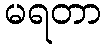
မရတာ